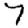
Digit: 7